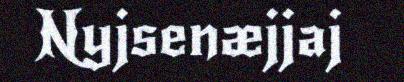
Nyjsenæjjaj